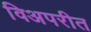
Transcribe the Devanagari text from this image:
विअपरीत